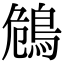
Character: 𪀗